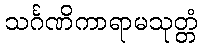
သင်္ဂဏိကာရာမသုတ္တံ